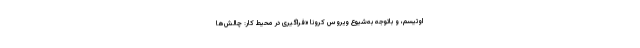
اوتیسم، و باتوجه به‌شیوع ویروس کرونا «فراگیری در محیط کار: چالش‌ها